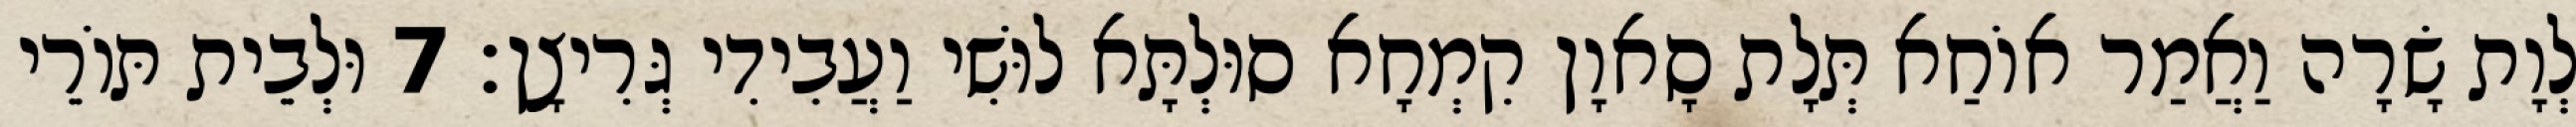
לְוָת שָׂרָה וַאֲמַר אוֹחַא תְּלָת סָאוָן קִמְחָא סוּלְתָּא לוּשִׁי וַעֲבִידִי גְּרִיצָן׃ 7 וּלְבֵית תּוֹרֵי